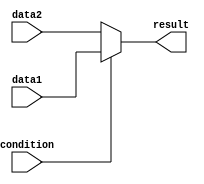
module if_else_statement(
    input wire condition,
    input wire data1,
    input wire data2,
    output reg result
);

always @(*)
begin
    result = (condition) ? data1 : data2;
end

endmodule